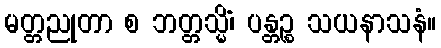
မတ္တညုတာ စ ဘတ္တသ္မိံ၊ ပန္တဉ္စ သယနာသနံ။